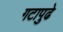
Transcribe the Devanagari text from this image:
गटापुढे